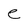
Character: e